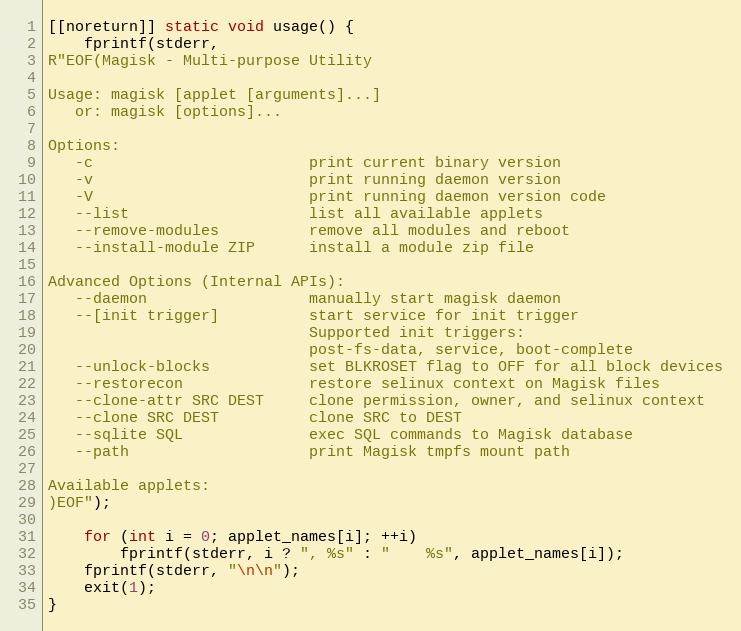
Language: C++
[[noreturn]] static void usage() {
    fprintf(stderr,
R"EOF(Magisk - Multi-purpose Utility

Usage: magisk [applet [arguments]...]
   or: magisk [options]...

Options:
   -c                        print current binary version
   -v                        print running daemon version
   -V                        print running daemon version code
   --list                    list all available applets
   --remove-modules          remove all modules and reboot
   --install-module ZIP      install a module zip file

Advanced Options (Internal APIs):
   --daemon                  manually start magisk daemon
   --[init trigger]          start service for init trigger
                             Supported init triggers:
                             post-fs-data, service, boot-complete
   --unlock-blocks           set BLKROSET flag to OFF for all block devices
   --restorecon              restore selinux context on Magisk files
   --clone-attr SRC DEST     clone permission, owner, and selinux context
   --clone SRC DEST          clone SRC to DEST
   --sqlite SQL              exec SQL commands to Magisk database
   --path                    print Magisk tmpfs mount path

Available applets:
)EOF");

    for (int i = 0; applet_names[i]; ++i)
        fprintf(stderr, i ? ", %s" : "    %s", applet_names[i]);
    fprintf(stderr, "\n\n");
    exit(1);
}